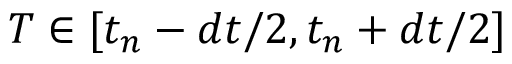
T \in [ t _ { n } - d t / 2 , t _ { n } + d t / 2 ]